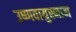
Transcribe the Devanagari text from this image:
उष्णवायुस्नान